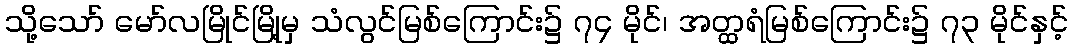
သို့သော် မော်လမြိုင်မြို့မှ သံလွင်မြစ်ကြောင်း၌ ၇၄ မိုင်၊ အတ္ထရံမြစ်ကြောင်း၌ ၇၃ မိုင်နှင့်